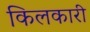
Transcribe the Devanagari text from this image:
किलकारी